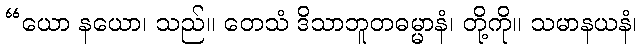
“ယော နယော၊ သည်။ တေသံ ဒိသာဘူတဓမ္မာနံ၊ တို့ကို။ သမာနယနံ၊